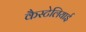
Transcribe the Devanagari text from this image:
कैस्टेलियाई